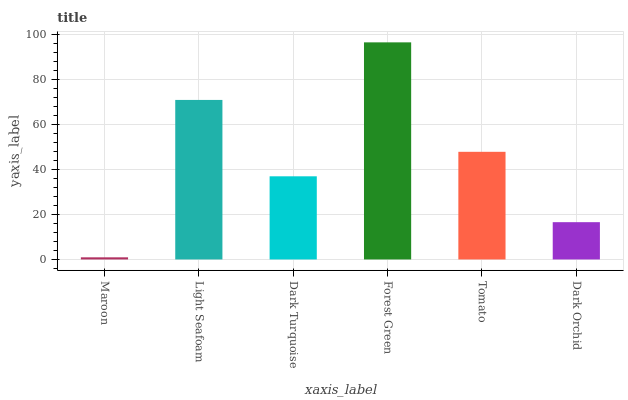
| xaxis_label | bars |
 | --- | --- |
 | Maroon | 0.947 |
 | Light Seafoam | 70.8 |
 | Dark Turquoise | 36.9 |
 | Forest Green | 96.4 |
 | Tomato | 47.8 |
 | Dark Orchid | 16.6 |